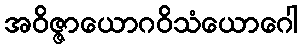
အဝိဇ္ဇာယောဂဝိသံယောဂေါ